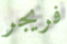
فريجر